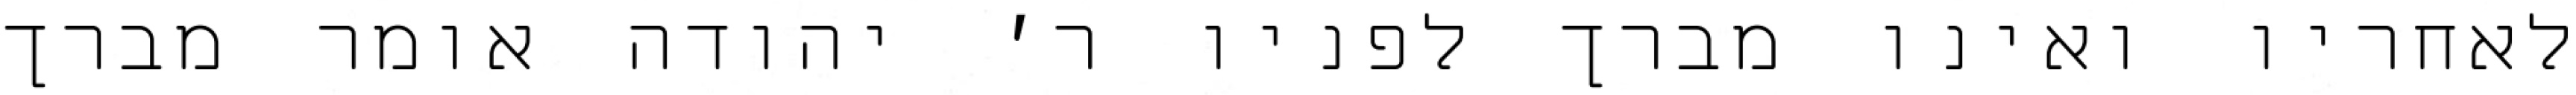
לאחריו ואינו מברך לפניו ר׳ יהודה אומר מברך